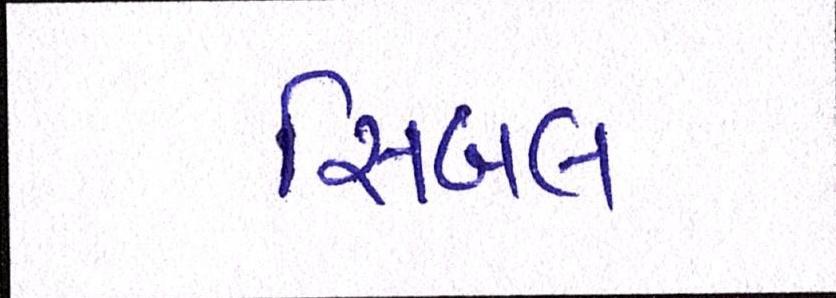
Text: સિબલ